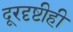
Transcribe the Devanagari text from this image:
दूरदृष्टीही